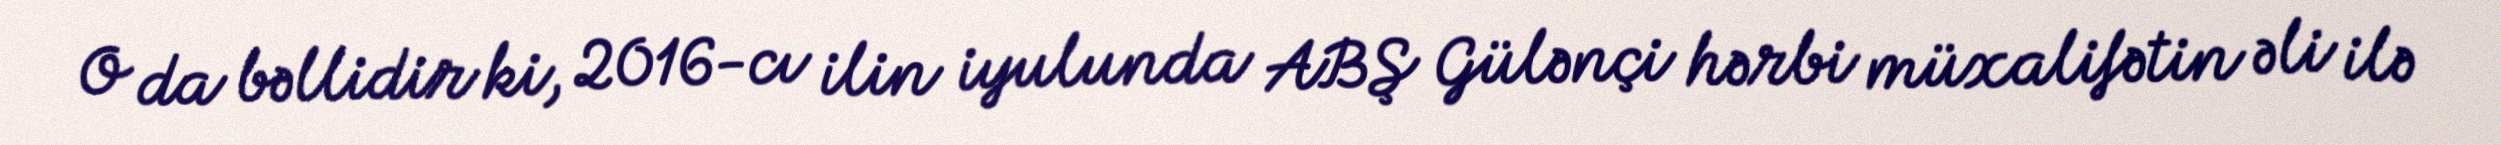
O da bəllidir ki, 2016-cı ilin iyulunda ABŞ Gülənçi hərbi müxalifətin əli ilə